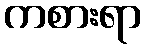
ကစားရာ